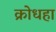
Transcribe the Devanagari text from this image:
क्रोधहा